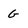
Character: G